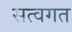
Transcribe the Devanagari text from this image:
सत्वगत